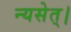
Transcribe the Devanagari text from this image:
न्यसेत्‌।